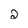
Character: 2